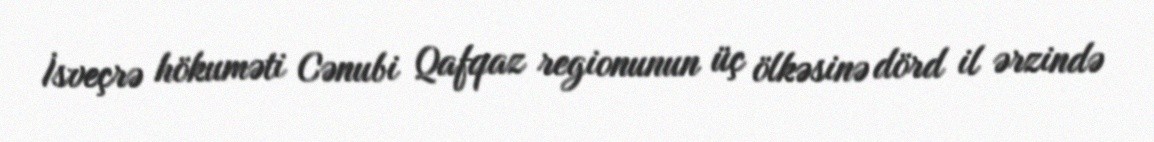
İsveçrə hökuməti Cənubi Qafqaz regionunun üç ölkəsinə dörd il ərzində